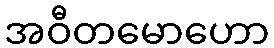
အဝီတမောဟော